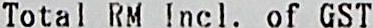
TOTAL RM INCL. OF GST